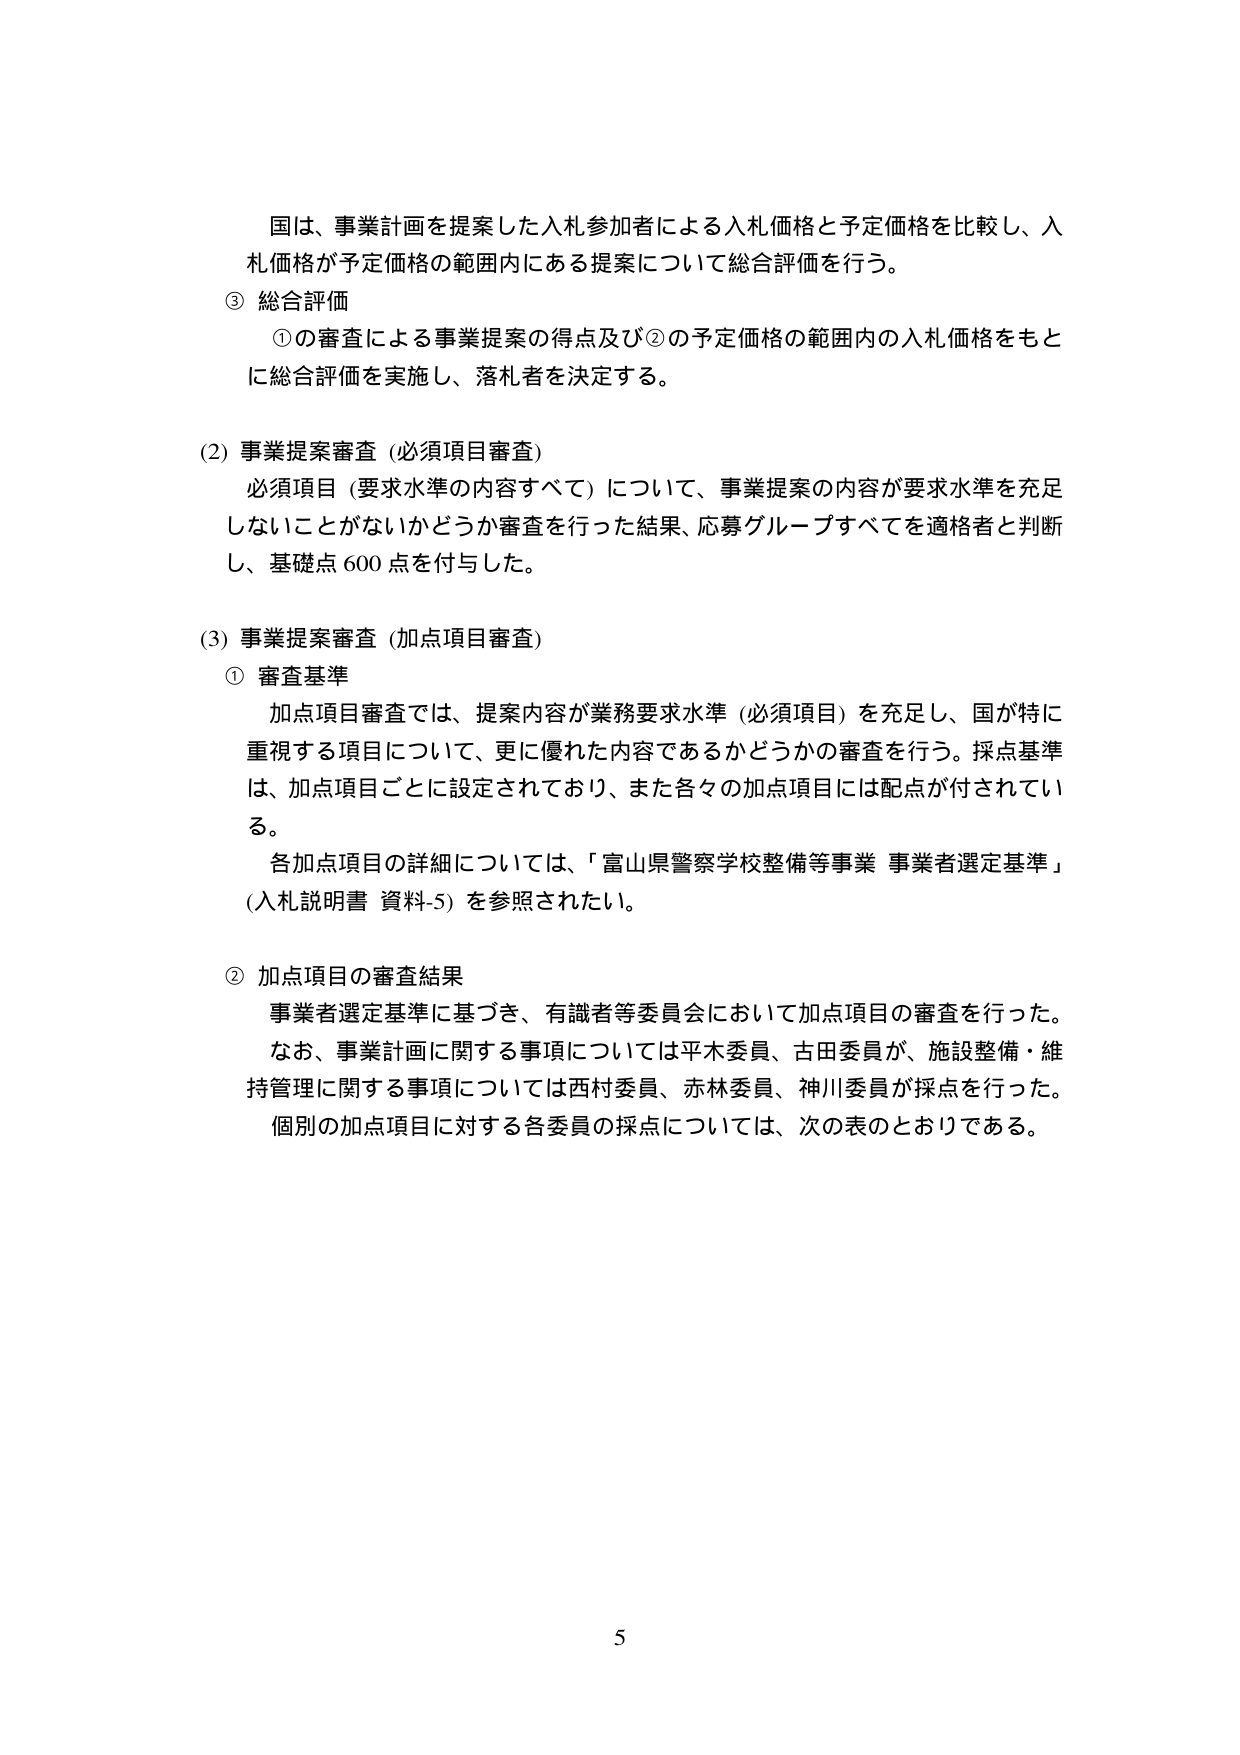
国は、事業計画を提案した入札参加者による入札価格と予定価格を比較し、入札価格が予定価格の範囲内にある提案について総合評価を行う。

③ 総合評価
　①の審査による事業提案の得点及び②の予定価格の範囲内の入札価格をもとに総合評価を実施し、落札者を決定する。

(2) 事業提案審査（必須項目審査）
　必須項目（要求水準の内容すべて）について、事業提案の内容が要求水準を充足しないことがないかどうか審査を行った結果、応募グループすべてを適格者と判断し、基礎点600点を付与した。

(3) 事業提案審査（加点項目審査）
　① 審査基準
　　加点項目審査では、提案内容が業務要求水準（必須項目）を充足し、国が特に重視する項目について、更に優れた内容であるかどうかの審査を行う。採点基準は、加点項目ごとに設定されており、また各々の加点項目には配点が付されている。
　　各加点項目の詳細については、「富山県警察学校整備等事業 事業者選定基準」（入札説明書 資料-5）を参照されたい。

　② 加点項目の審査結果
　　事業者選定基準に基づき、有識者等委員会において加点項目の審査を行った。
　　なお、事業計画に関する事項については平木委員、古田委員が、施設整備・維持管理に関する事項については西村委員、赤林委員、神川委員が採点を行った。
　　個別の加点項目に対する各委員の採点については、次の表のとおりである。

5